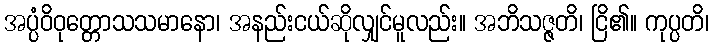
အပ္ပံဝိဝုတ္တောသသမာနော၊ အနည်းငယ်ဆိုလျှင်မူလည်း။ အဘိသဇ္ဇတိ၊ ငြိ၏။ ကုပ္ပတိ၊